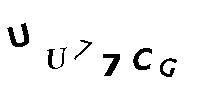
UU77CG